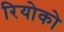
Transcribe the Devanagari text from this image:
रियोको